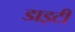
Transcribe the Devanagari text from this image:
डाइटी